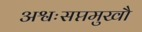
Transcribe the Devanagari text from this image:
अश्वःसप्तमुखौ